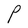
Character: P